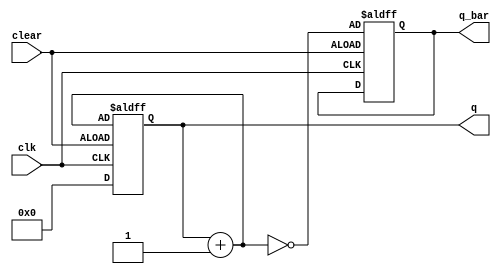
module counter (clk,clear,q,q_bar);
input clk,clear;
output [3:0]q,q_bar;
reg [3:0]q,q_bar;
//for clock or clear
 
always @(posedge clk or negedge clear) begin
    if(clear==1)
    begin
        q=0;
    end
    else
    begin
        q=q+1;
        q_bar=~q;
    end
end

endmodule